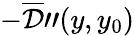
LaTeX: -\overline{{\cal D}}"(y,y_{0})